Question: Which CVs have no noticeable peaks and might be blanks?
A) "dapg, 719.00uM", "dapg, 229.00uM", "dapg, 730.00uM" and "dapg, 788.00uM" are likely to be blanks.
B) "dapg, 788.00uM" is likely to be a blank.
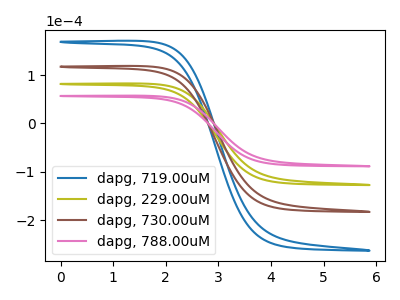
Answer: <think>The blue curve "dapg, 719.00uM" has no peaks. The olive curve "dapg, 229.00uM" has no peaks. The brown curve "dapg, 730.00uM" has no peaks. The pink curve "dapg, 788.00uM" has no peaks.</think>
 <answer>A) "dapg, 719.00uM", "dapg, 229.00uM", "dapg, 730.00uM" and "dapg, 788.00uM" are likely to be blanks.</answer>
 <eval>A</eval>